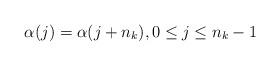
LaTeX: \begin{align*} \alpha(j)=\alpha(j+n_k),0 \leq j \leq n_k - 1\end{align*}